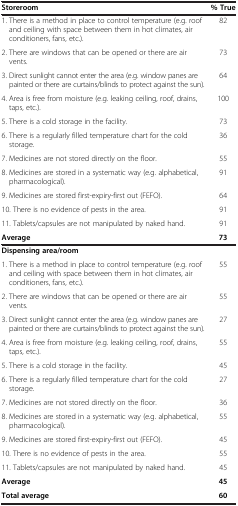
| Storeroom | % True |
 | --- | --- |
 | 1. There is a method in place to control temperature (e.g. roof and ceiling with space between them in hot climates, air conditioners, fans, etc.). | 82 |
 | 2. There are windows that can be opened or there are air vents. | 73 |
 | 3. Direct sunlight cannot enter the area (e.g. window panes are painted or there are curtains/blinds to protect against the sun). | 64 |
 | 4. Area is free from moisture (e.g. leaking ceiling, roof, drains, taps, etc.). | 100 |
 | 5. There is a cold storage in the facility. | 73 |
 | 6. There is a regularly filled temperature chart for the cold storage. | 36 |
 | 7. Medicines are not stored directly on the floor. | 55 |
 | 8. Medicines are stored in a systematic way (e.g. alphabetical, pharmacological). | 91 |
 | 9. Medicines are stored first-expiry-first out (FEFO). | 64 |
 | 10. There is no evidence of pests in the area. | 91 |
 | 11. Tablets/capsules are not manipulated by naked hand. | 91 |
 | Average | 73 |
 | Dispensing area/room |  |
 | 1. There is a method in place to control temperature (e.g. roof and ceiling with space between them in hot climates, air conditioners, fans, etc.). | 55 |
 | 2. There are windows that can be opened or there are air vents. | 55 |
 | 3. Direct sunlight cannot enter the area (e.g. window panes are painted or there are curtains/blinds to protect against the sun). | 27 |
 | 4. Area is free from moisture (e.g. leaking ceiling, roof, drains, taps, etc.). | 55 |
 | 5. There is a cold storage in the facility. | 45 |
 | 6. There is a regularly filled temperature chart for the cold storage. | 27 |
 | 7. Medicines are not stored directly on the floor. | 36 |
 | 8. Medicines are stored in a systematic way (e.g. alphabetical, pharmacological). | 55 |
 | 9. Medicines are stored first-expiry-first out (FEFO). | 45 |
 | 10. There is no evidence of pests in the area. | 55 |
 | 11. Tablets/capsules are not manipulated by naked hand. | 45 |
 | Average | 45 |
 | Total average | 60 |